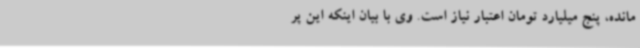
مانده، پنج میلیارد تومان اعتبار نیاز است. وی با بیان اینکه این پر